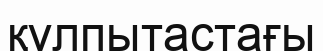
құлпытастағы